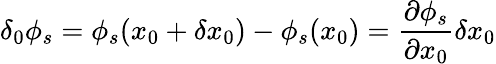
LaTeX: \delta_{0}\phi_{s}=\phi_{s}(x_{0}+\delta x_{0})-\phi_{s}(x_{0})=\frac{\partial\phi_{s}}{\partial x_{0}}\delta x_{0}